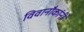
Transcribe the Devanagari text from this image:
विवानौकांनी